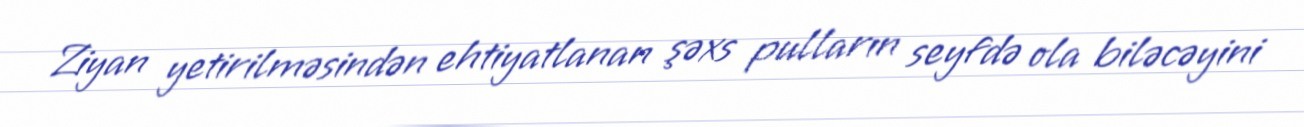
Ziyan yetirilməsindən ehtiyatlanan şəxs pulların seyfdə ola biləcəyini